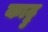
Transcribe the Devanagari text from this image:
काट्टु